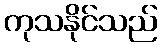
ကုသနိုင်သည်